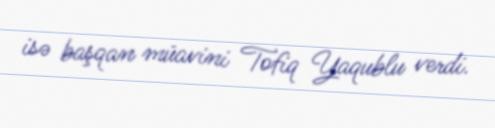
isə başqan müavini Tofiq Yaqublu verdi.